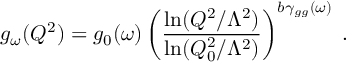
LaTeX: g _ { \omega } ( Q ^ { 2 } ) = g _ { 0 } ( \omega ) \left( { \frac { \ln ( Q ^ { 2 } / \Lambda ^ { 2 } ) } { \ln ( Q _ { 0 } ^ { 2 } / \Lambda ^ { 2 } ) } } \right) ^ { b \gamma _ { g g } ( \omega ) } \; .